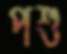
পশু